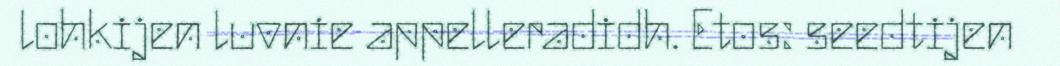
lohkijen luvnie appelleradidh. Etos: seedtijen